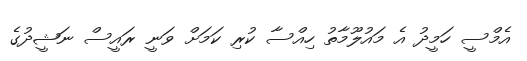
އެމްސީ ހަމީދު އެ މައުލޫމާތު ހިއްސާ ކުރި ކަމަށް ވަނީ ރައީސް ނަޝީދުގެ